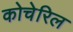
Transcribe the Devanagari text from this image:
कोचेरिल